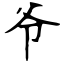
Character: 爷